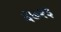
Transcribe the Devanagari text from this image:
६७१३